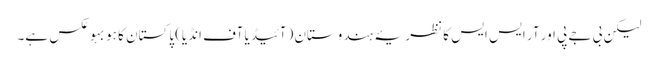
لیکن بی جے پی اور آر ایس ایس کا نظریۂ ہندوستان (آئیڈیا آف انڈیا) پاکستان کا ہو بہو عکس ہے۔